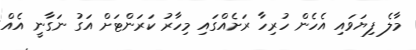
މާލެ ފިޔަވައި އެހެން ހުރިހާ ރަށެއްގައި މިހާރު ކަރަންޓަށް އަގު ނަގާނީ އެއް